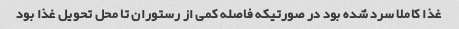
غذا کاملا سرد شده بود در صورتیکه فاصله کمی از رستوران تا محل تحویل غذا بود